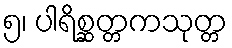
၅၊ ပါရိစ္ဆတ္တကသုတ္တ